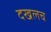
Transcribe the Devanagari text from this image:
दखलच